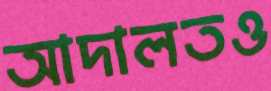
আদালতও